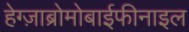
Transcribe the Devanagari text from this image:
हेग्ज़ाब्रोमोबाईफीनाइल